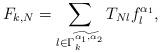
LaTeX: \begin{align*}F_{k,N}=\sum_{l\in \widetilde{\Gamma _{k}^{\alpha _{1},\alpha _{2}}}}T_{Nl}f_{l}^{\alpha _{1}},\end{align*}